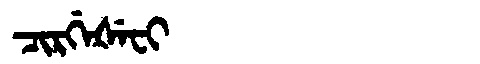
Manchu: ᠴᡳᡵᡤᡝᡧᡝᠸᡳ
Romanization: CIRGEŠEFI